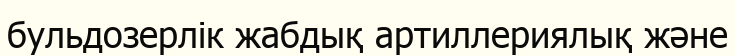
бульдозерлік жабдық артиллериялық және